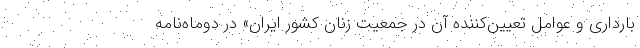
بارداری و عوامل تعیین‌کننده آن در جمعیت زنان کشور ایران» در دوماه‌نامه